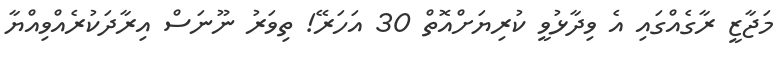
މަޖާޒީ ރާގެއްގައި އެ ވިދާޅުވީ ކުރިޔަށްއޮތް 30 އަހަރޭ! ތިވަރު ނޫނަސް އިރާދަކުރެއްވިއްޔާ